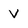
Character: V